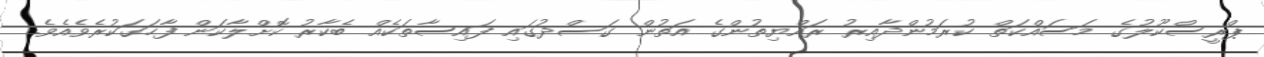
ޕްރީސްކޫލުގެ މަސައްކަތް ކުރަމުންދާއިރު ރައްޔިތުންގެ އަތުން ގަސްދުގައި ފައިސާތަކެއް ބެކާރު ކޮށްލާކަން ފާހަގަކުރެވެއެވެ.